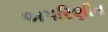
અપરિણીત